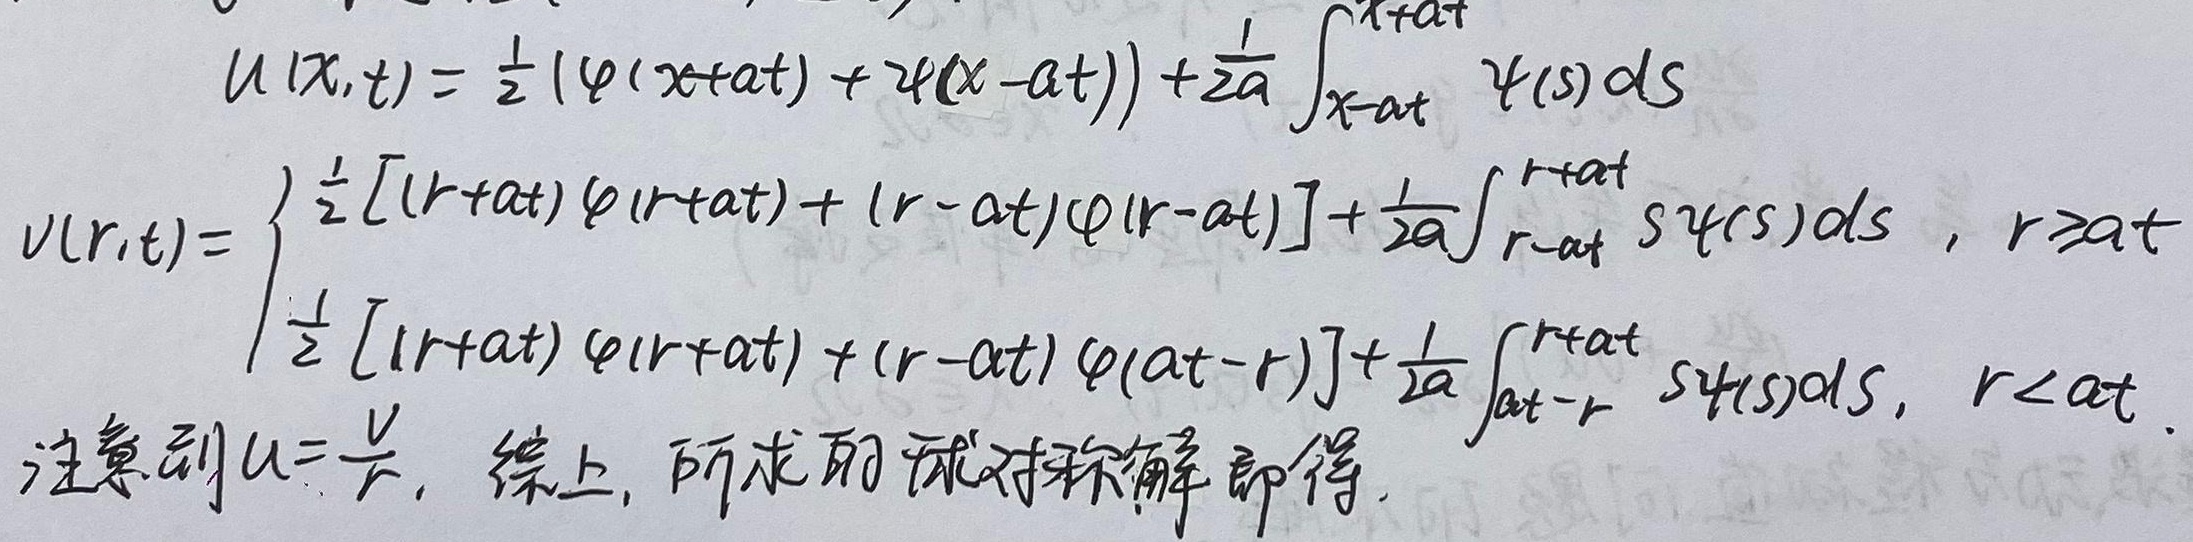
首先给出\(u(x,t)\)的表达式：
\[
u(x,t)=\frac{1}{2}(\varphi(x + at)+\varphi(x - at))+\frac{1}{2a}\int_{x - at}^{x + at}\psi(s)\mathrm{d}s
\]

再给出\(v(r,t)\)的表达式：
\[
v(r,t)=
\begin{cases}
\frac{1}{2}[(r + at)\varphi(r + at)+(r - at)\varphi(r - at)]+\frac{1}{2a}\int_{r - at}^{r + at}s\psi(s)\mathrm{d}s, &r\geq at\\
\frac{1}{2}[(r + at)\varphi(r + at)+(r - at)\varphi(at - r)]+\frac{1}{2a}\int_{at - r}^{r + at}s\psi(s)\mathrm{d}s, &r< at
\end{cases}
\]

注意到\(u = \frac{v}{r}\)，综上，所求的球对称解即得。